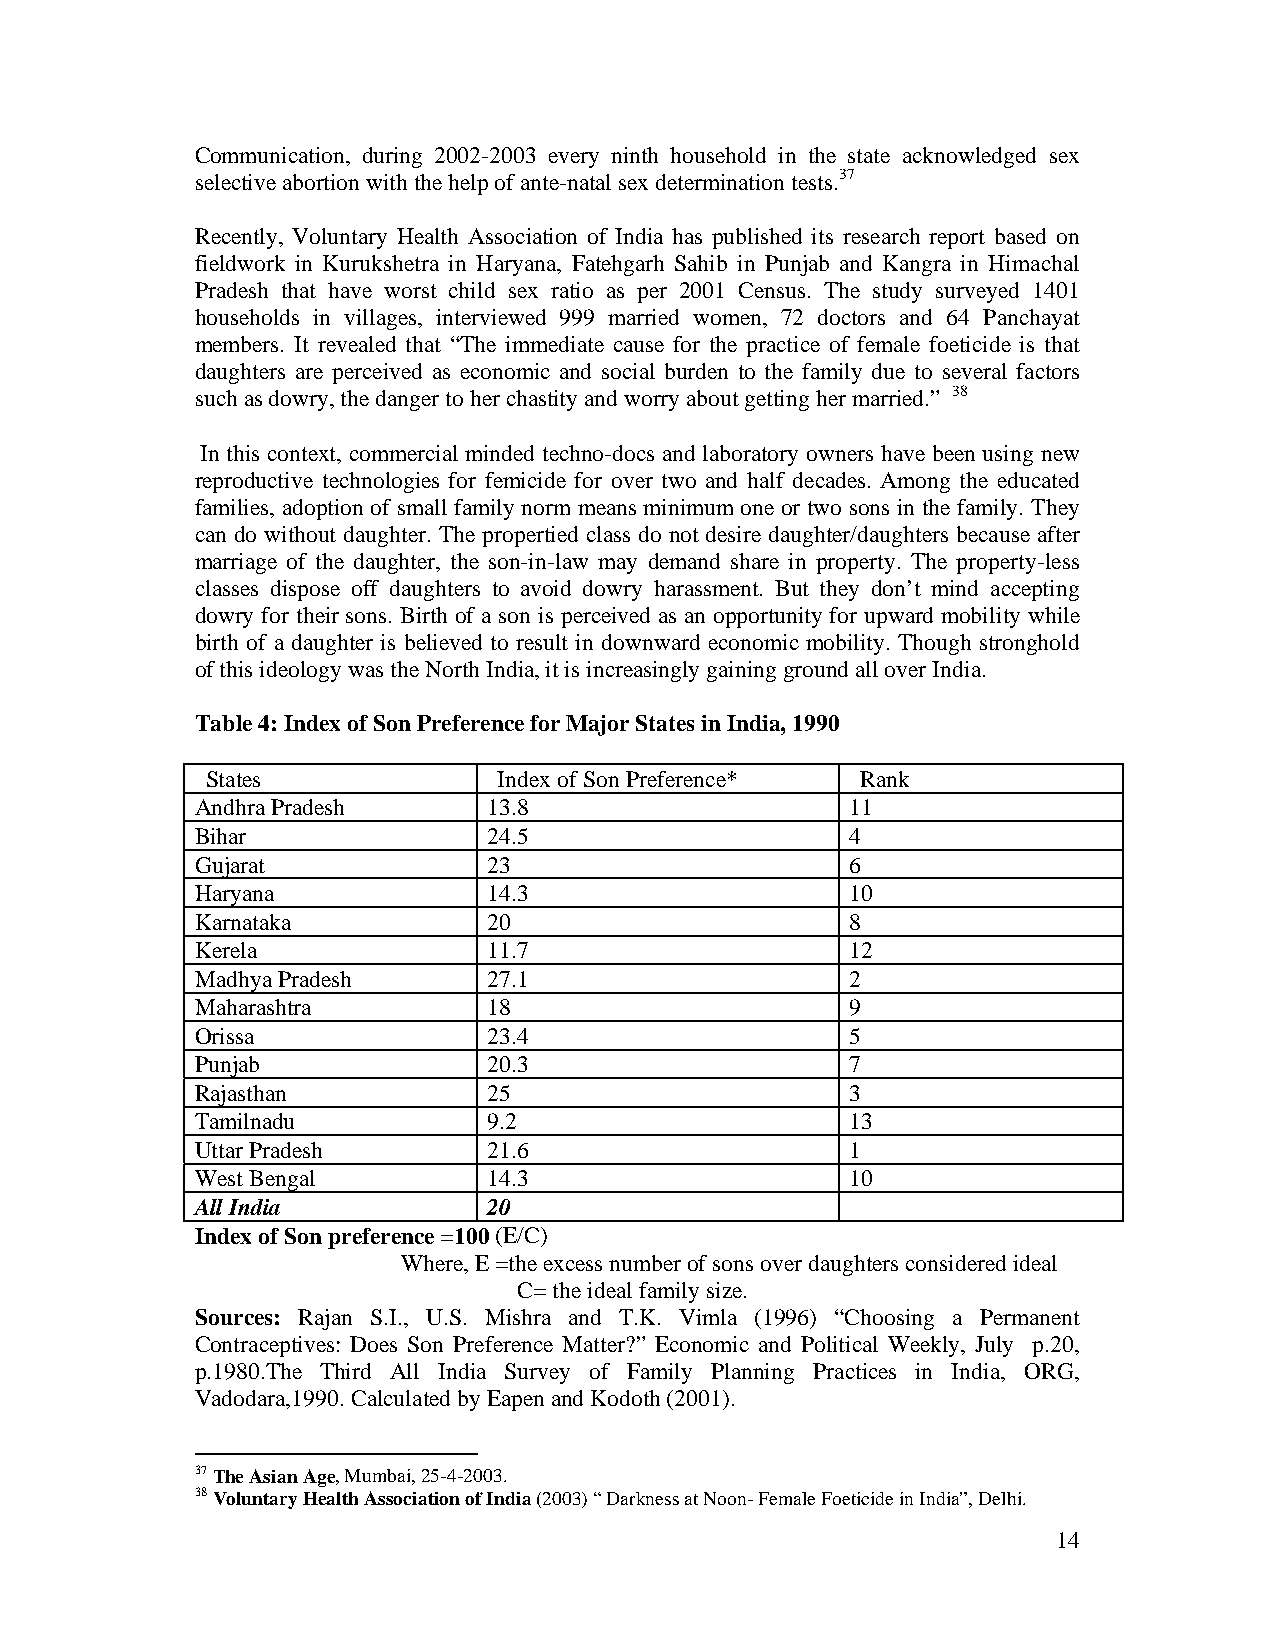
Communication, during 2002-2003 every ninth household in the state acknowledged sex
 selective abortion with the help of ante-natal sex determination tests.37
 Recently, Voluntary Health Association of India has published its research report based on
 fieldwork in Kurukshetra in Haryana, Fatehgarh Sahib in Punjab and Kangra in Himachal
 Pradesh that have worst child sex ratio as per 2001 Census. The study surveyed 1401
 households in villages, interviewed 999 married women, 72 doctors and 64 Panchayat
 members. It revealed that “The immediate cause for the practice of female foeticide is that
 daughters are perceived as economic and social burden to the family due to several factors
 such as dowry, the danger to her chastity and worry about getting her married.” 38
 In this context, commercial minded techno-docs and laboratory owners have been using new
 reproductive technologies for femicide for over two and half decades. Among the educated
 families, adoption of small family norm means minimum one or two sons in the family. They
 can do without daughter. The propertied class do not desire daughter/daughters because after
 marriage of the daughter, the son-in-law may demand share in property. The property-less
 classes dispose off daughters to avoid dowry harassment. But they don’t mind accepting
 dowry for their sons. Birth of a son is perceived as an opportunity for upward mobility while
 birth of a daughter is believed to result in downward economic mobility. Though stronghold
 of this ideology was the North India, it is increasingly gaining ground all over India.
 Table 4: Index of Son Preference for Major States in India, 1990
 States             Index of Son Preference* Rank
 Andhra Pradesh     13.8                    11
 Bihar              24.5                    4
 Gujarat            23                      6
 Haryana            14.3                    10
 Karnataka          20                      8
 Kerela             11.7                    12
 Madhya Pradesh     27.1                    2
 Maharashtra        18                      9
 Orissa             23.4                    5
 Punjab             20.3                    7
 Rajasthan          25                      3
 Tamilnadu          9.2                     13
 Uttar Pradesh      21.6                    1
 West Bengal        14.3                    10
 All India          20
 Index of Son preference =100 (E/C)
 Where, E =the excess number of sons over daughters considered ideal
 C= the ideal family size.
 Sources: Rajan S.I., U.S. Mishra and T.K. Vimla (1996) “Choosing a Permanent
 Contraceptives: Does Son Preference Matter?” Economic and Political Weekly, July p.20,
 p.1980.The Third All India Survey of Family Planning Practices in India, ORG,
 Vadodara,1990. Calculated by Eapen and Kodoth (2001).
 37 The Asian Age, Mumbai, 25-4-2003.
 38 Voluntary Health Association of India (2003) “ Darkness at Noon- Female Foeticide in India”, Delhi.
 14